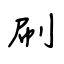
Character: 刷